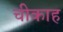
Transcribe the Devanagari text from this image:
चीकाह